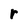
Character: r